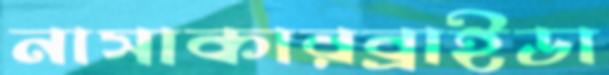
নাসাকারব্রাইডা